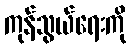
ကုန်သွယ်ရေးကို